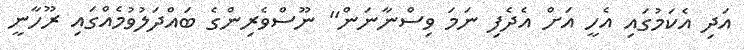
އަދި އެކަމުގައި އެހީ އަށް އެދެފި ނަމަ ވިސްނާނަން" ނޫސްވެރިންގެ ބައްދަލުވުމެއްގައި ރޫހާނީ